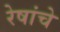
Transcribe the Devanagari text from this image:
रेषांचे